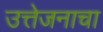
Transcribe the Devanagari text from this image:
उत्तेजनाचा